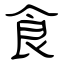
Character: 食